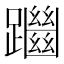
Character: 𨇔